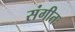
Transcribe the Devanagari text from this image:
संगीतः